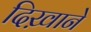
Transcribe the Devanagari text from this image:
दिख़ाने